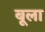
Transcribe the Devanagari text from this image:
बूला